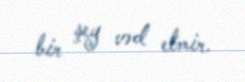
bir şey vəd etmir.